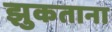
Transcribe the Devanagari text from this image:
झुकताना